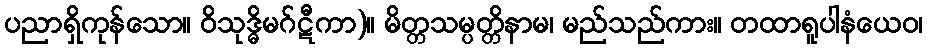
ပညာရှိကုန်သော။ ဝိသုဒ္ဓိမဂ်ဋီကာ)။ မိတ္တသမ္ပတ္တိနာမ၊ မည်သည်ကား။ တထာရူပါနံယေဝ၊